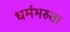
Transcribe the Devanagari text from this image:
धर्मभरुता